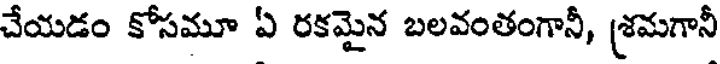
చేయడం కోసమూ ఏ రకమైన బలవంతంగానీ, శ్రమగానీ